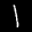
Label: 1